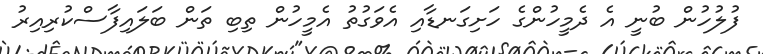
ފުލުހުން ބުނީ އެ ދެމީހުންގެ ހަށިގަނޑާއި އެވަގުތު އެމީހުން ތިބި ތަން ބަލައިފާސްކުރިއިރު